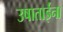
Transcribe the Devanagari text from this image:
उषाताईंना